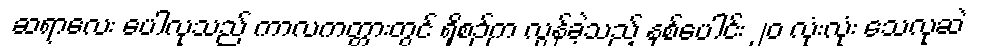
ဆရာလေး ပေါလုသည် ကာလကတ္တားတွင် ရှိစဉ်က လွန်ခဲ့သည့် နှစ်ပေါင်း ၂၀ လုံးလုံး သေလုဆဲ